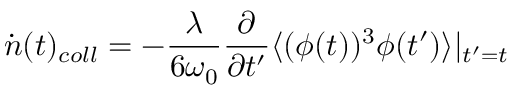
\dot { n } ( t ) _ { c o l l } = - \frac { \lambda } { 6 \omega _ { 0 } } \frac { \partial } { \partial t ^ { \prime } } \langle ( \phi ( t ) ) ^ { 3 } \phi ( t ^ { \prime } ) \rangle | _ { t ^ { \prime } = t }